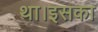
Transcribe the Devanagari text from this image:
था।इसका